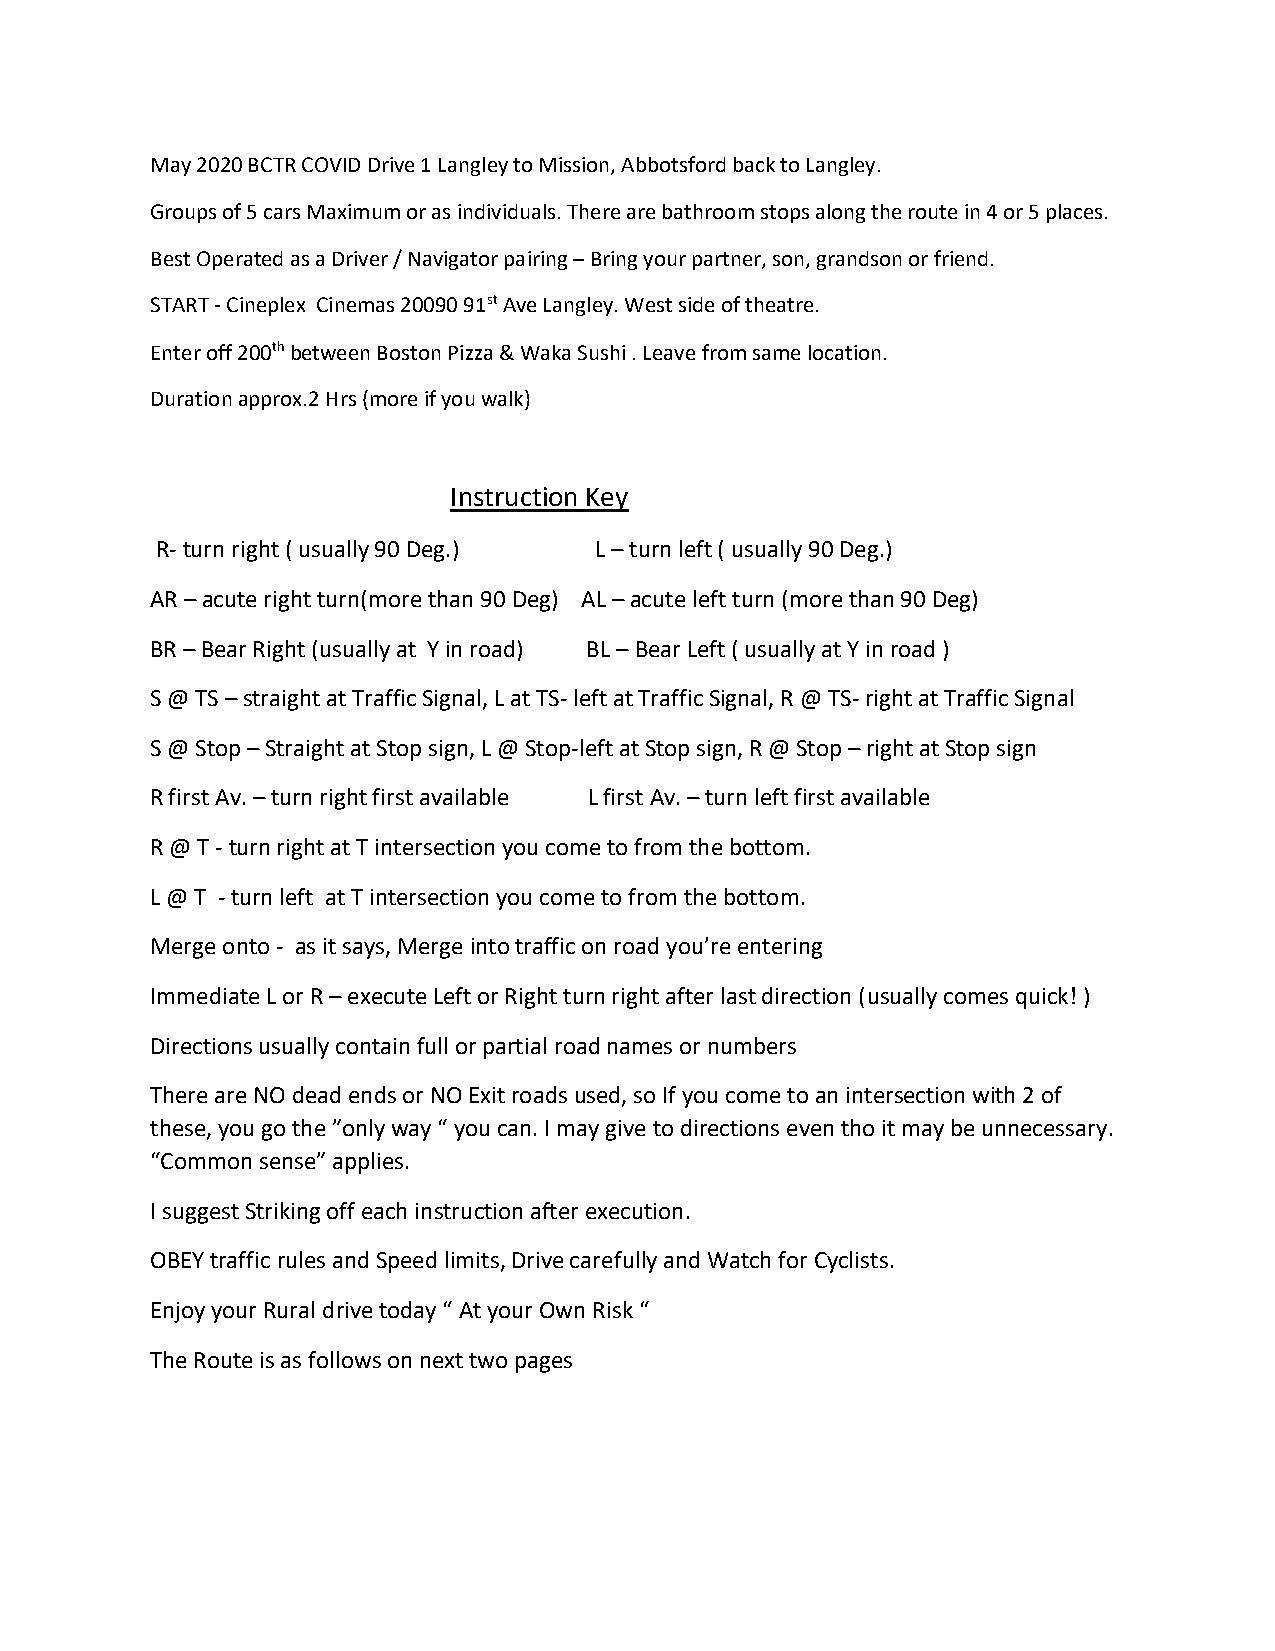
May 2020 BCTR COVID Drive 1 Langley to Mission, Abbotsford back to Langley.
 Groups of 5 cars Maximum or as individuals. There are bathroom stops along the route in 4 or 5 places.
 Best Operated as a Driver / Navigator pairing – Bring your partner, son, grandson or friend.
 START - Cineplex Cinemas 20090 91st Ave Langley. West side of theatre.
 Enter off 200th between Boston Pizza & Waka Sushi . Leave from same location.
 Duration approx.2 Hrs (more if you walk)
 Instruction Key
 R- turn right ( usually 90 Deg.) L – turn left ( usually 90 Deg.)
 AR – acute right turn(more than 90 Deg) AL – acute left turn (more than 90 Deg)
 BR – Bear Right (usually at Y in road) BL – Bear Left ( usually at Y in road )
 S @ TS – straight at Traffic Signal, L at TS- left at Traffic Signal, R @ TS- right at Traffic Signal
 S @ Stop – Straight at Stop sign, L @ Stop-left at Stop sign, R @ Stop – right at Stop sign
 R first Av. – turn right first available L first Av. – turn left first available
 R @ T - turn right at T intersection you come to from the bottom.
 L @ T - turn left at T intersection you come to from the bottom.
 Merge onto - as it says, Merge into traffic on road you’re entering
 Immediate L or R – execute Left or Right turn right after last direction (usually comes quick! )
 Directions usually contain full or partial road names or numbers
 There are NO dead ends or NO Exit roads used, so If you come to an intersection with 2 of
 these, you go the ”only way “ you can. I may give to directions even tho it may be unnecessary.
 “Common sense” applies.
 I suggest Striking off each instruction after execution.
 OBEY traffic rules and Speed limits, Drive carefully and Watch for Cyclists.
 Enjoy your Rural drive today “ At your Own Risk “
 The Route is as follows on next two pages